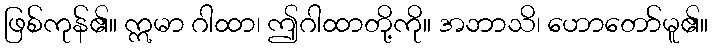
ဖြစ်ကုန်၏။ ဣမာ ဂါထာ၊ ဤဂါထာတို့ကို။ အဘာသိ၊ ဟောတော်မူ၏။